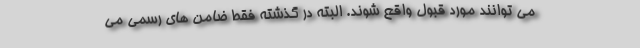
می توانند مورد قبول واقع شوند. البته در گذشته فقط ضامن های رسمی می